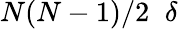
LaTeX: N(N-1)/2\; \; \delta